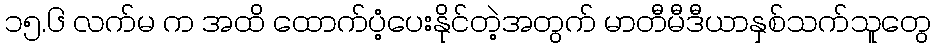
၁၅.၆ လက်မ က အထိ ထောက်ပံ့ပေးနိုင်တဲ့အတွက် မာတီမီဒီယာနှစ်သက်သူတွေ